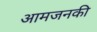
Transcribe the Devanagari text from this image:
आमजनकी